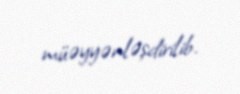
müəyyənləşdirilib.